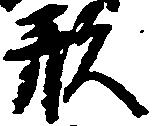
形